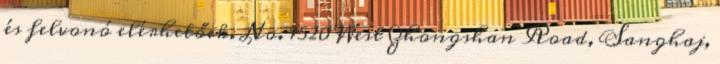
és felvonó elérhetőek. No. 1520 West Zhongshan Road, Sanghaj,